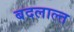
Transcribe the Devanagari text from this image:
बदलाल्त